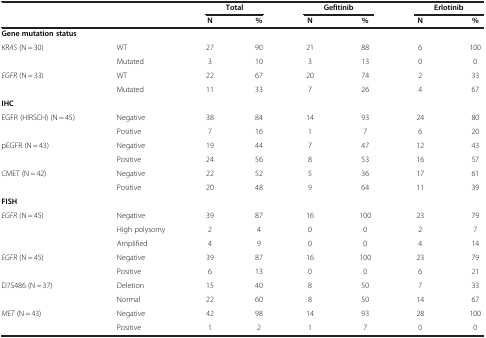
|  |  | <COLSPAN=2> Total | <COLSPAN=2> Gefitinib | <COLSPAN=2> Erlotinib |
 |  |  | N | % | N | % | N | % |
 | --- | --- | --- | --- | --- | --- | --- | --- |
 | Gene mutation status |  |  |  |  |  |  |  |
 | KRAS (N = 30) | WT | 27 | 90 | 21 | 88 | 6 | 100 |
 |  | Mutated | 3 | 10 | 3 | 13 | 0 | 0 |
 | EGFR (N = 33) | WT | 22 | 67 | 20 | 74 | 2 | 33 |
 |  | Mutated | 11 | 33 | 7 | 26 | 4 | 67 |
 | IHC |  |  |  |  |  |  |  |
 | EGFR (HIRSCH) (N = 45) | Negative | 38 | 84 | 14 | 93 | 24 | 80 |
 |  | Positive | 7 | 16 | 1 | 7 | 6 | 20 |
 | pEGFR (N = 43) | Negative | 19 | 44 | 7 | 47 | 12 | 43 |
 |  | Positive | 24 | 56 | 8 | 53 | 16 | 57 |
 | CMET (N = 42) | Negative | 22 | 52 | 5 | 36 | 17 | 61 |
 |  | Positive | 20 | 48 | 9 | 64 | 11 | 39 |
 | FISH |  |  |  |  |  |  |  |
 | EGFR (N = 45) | Negative | 39 | 87 | 16 | 100 | 23 | 79 |
 |  | High polysomy | 2 | 4 | 0 | 0 | 2 | 7 |
 |  | Amplified | 4 | 9 | 0 | 0 | 4 | 14 |
 | EGFR (N = 45) | Negative | 39 | 87 | 16 | 100 | 23 | 79 |
 |  | Positive | 6 | 13 | 0 | 0 | 6 | 21 |
 | D7S486 (N = 37) | Deletion | 15 | 40 | 8 | 50 | 7 | 33 |
 |  | Normal | 22 | 60 | 8 | 50 | 14 | 67 |
 | MET (N = 43) | Negative | 42 | 98 | 14 | 93 | 28 | 100 |
 |  | Positive | 1 | 2 | 1 | 7 | 0 | 0 |